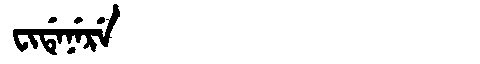
Manchu: ᠸᡳᡩᡝᠨᡝᡵᡝ
Romanization: FIDENERE